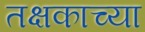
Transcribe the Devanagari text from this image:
तक्षकाच्या